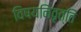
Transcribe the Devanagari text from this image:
विषयनिवृत्ति